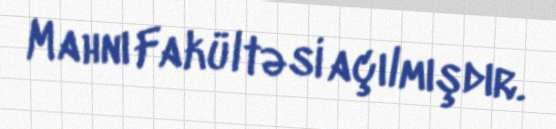
Mahnı Fakültəsi açılmışdır.